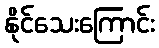
နိုင်သေးကြောင်း